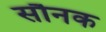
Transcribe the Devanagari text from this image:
सौनक